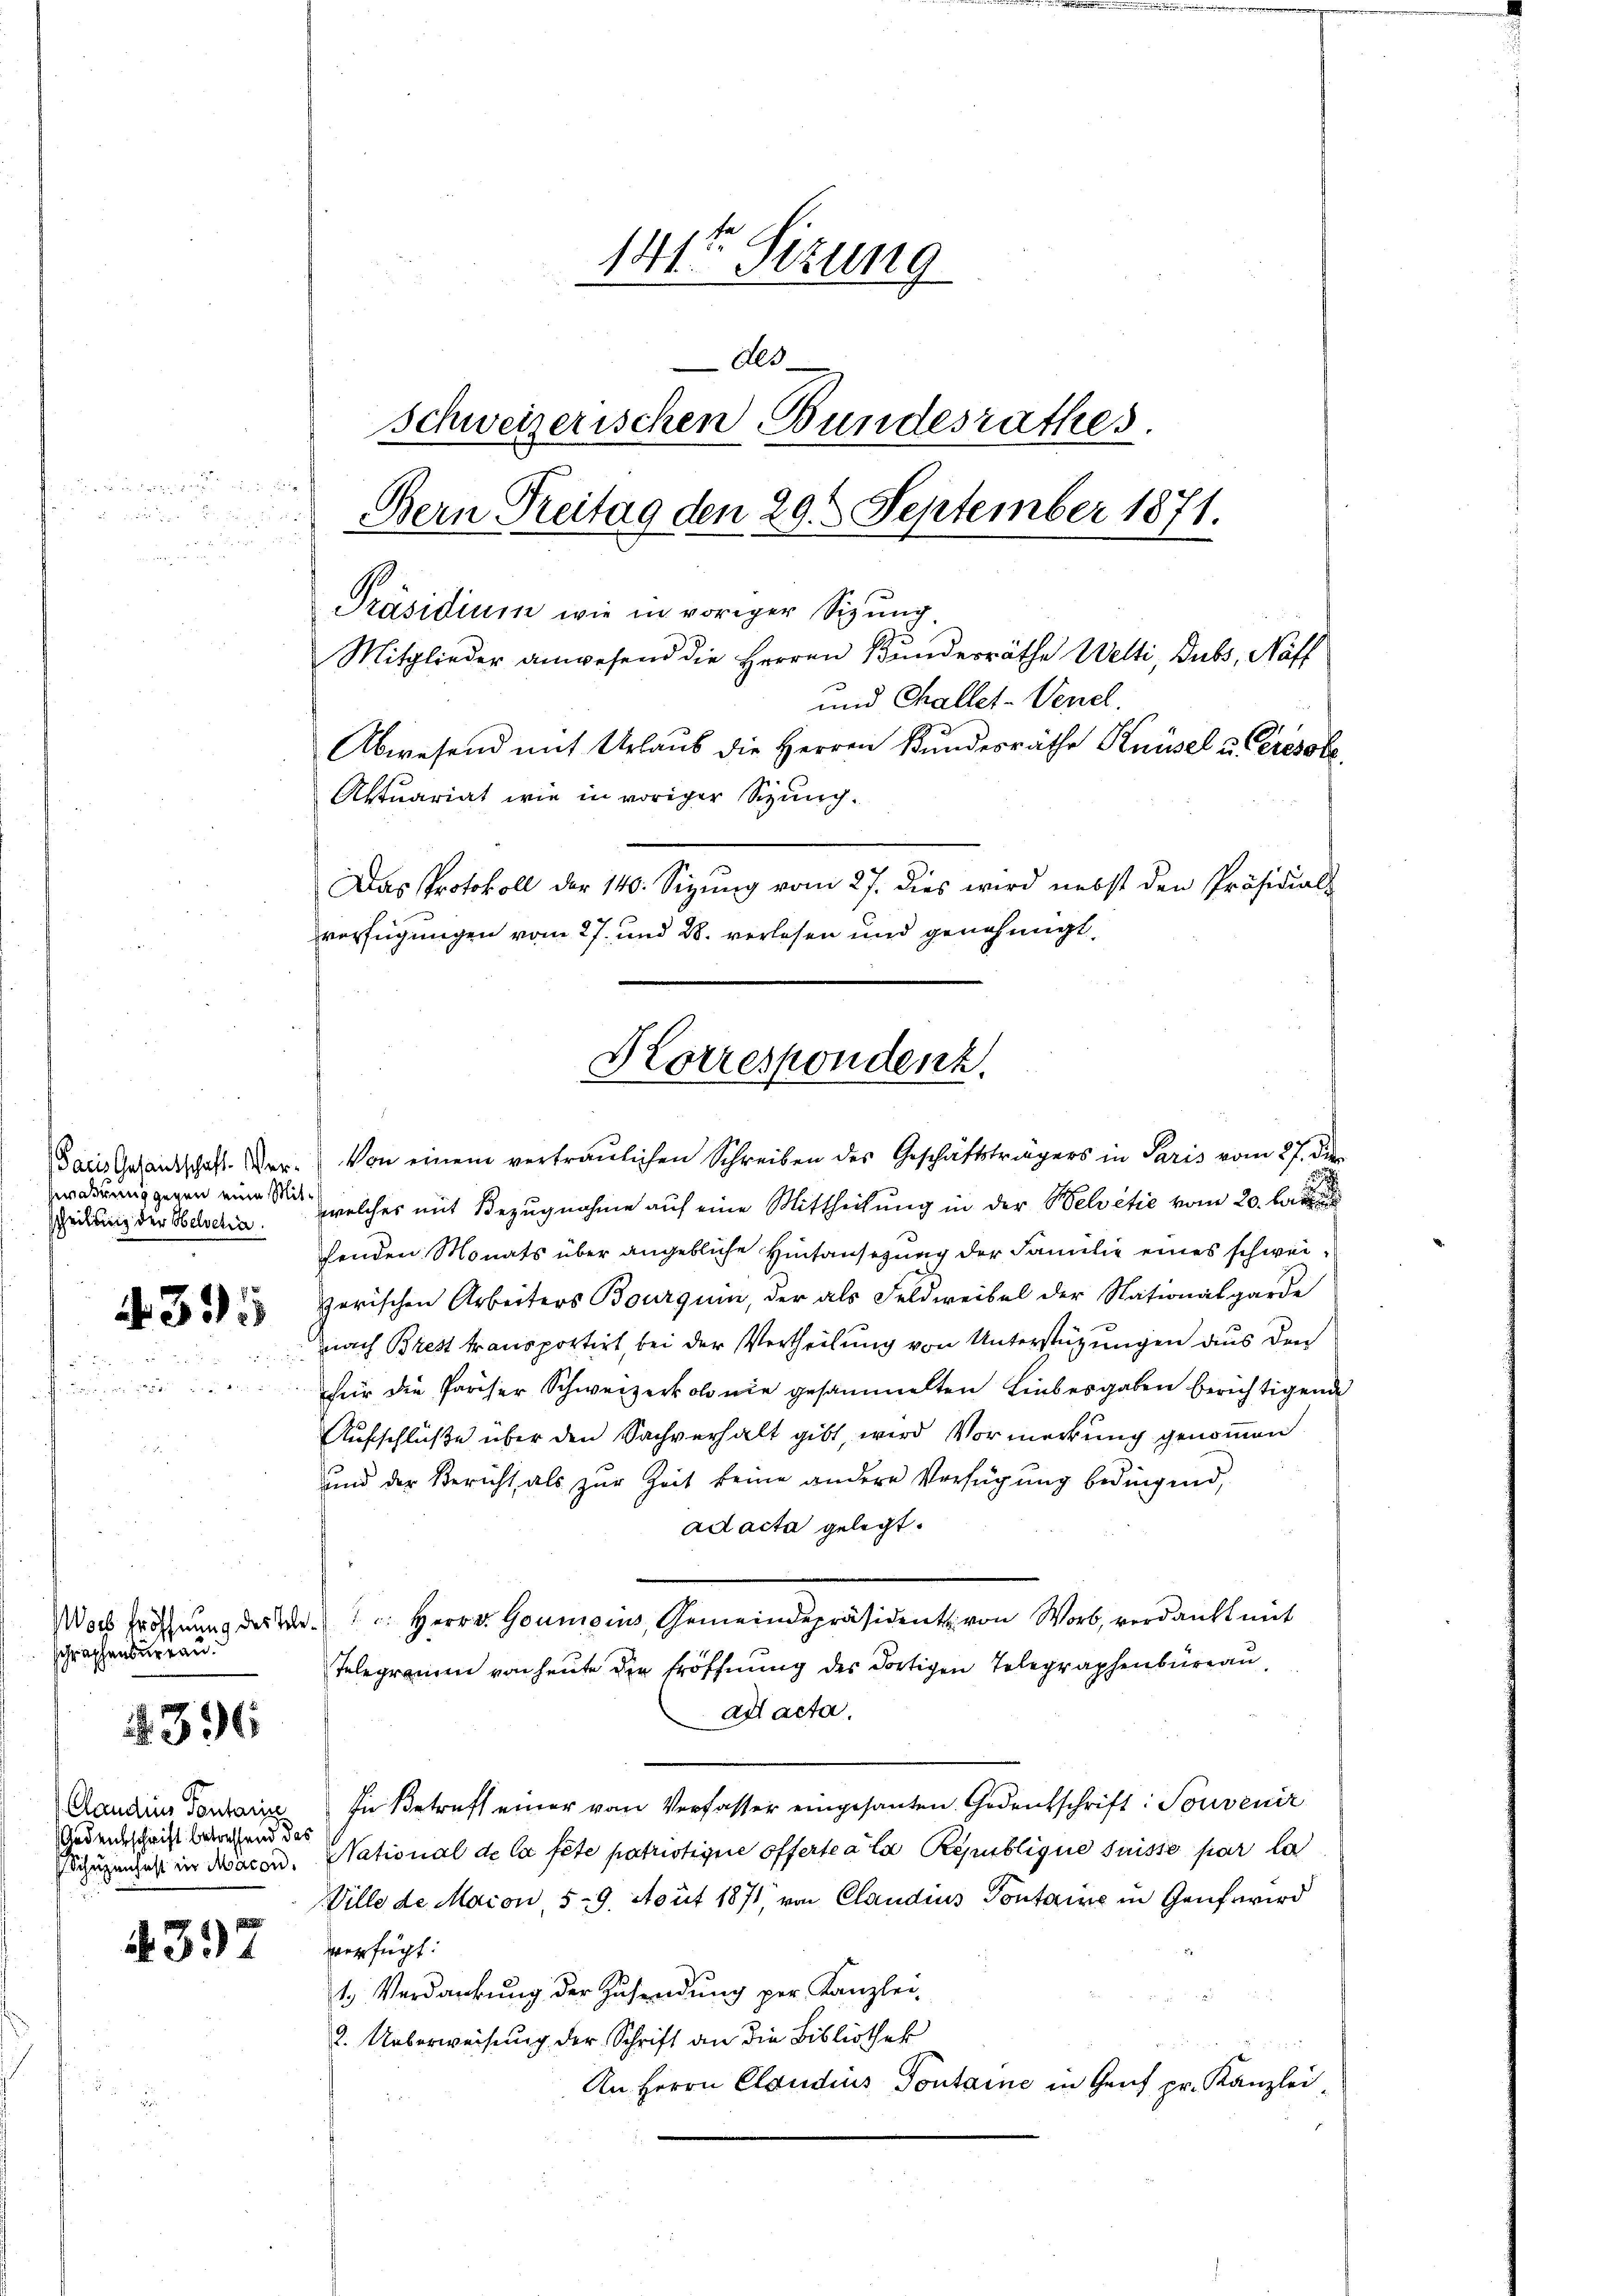
Paris Gesandschaft. Ver¬
Zwahrung gegen eine Mitstheilung der Helvetia

355

Schraphenbureau

4396

Manden Pontaris
Gedenkschrift betreffend das

4397

i

141te Sitzung
des
Schweizerischen Bundesrathes.
Bern Preitag den 29t September 1871.
Präsidium wie in voriger Sizung
Mitglieder anwesend die Herren Bundesräthe Welti, Dubs, Näff
und Challet-Venel.
Abwesend mit Urlaub die Herren Kundesräthe Knüsel u. Ceresole
Aktuariat wie in voriger Spunch.
Das Protokoll der 140. Sizŭng vom 27. dies wird nebst den Präsidials
verfügungen vom 27. und 28. verlesen und genehmigt,

Horrespondenz.

Von einem vertraulichen Schreiben des Geschäftsträgers in Paris vom 27. di
welches mit Bezugnahme auf eine Mittheilung in der Belvetić vom 20. bis
fenden Monats über angebliche Hintansezung der Familie eines schweiorischen Arbeiters Bourquin, der als Feldweibel der Nationalgarde
nach Brest transportirt, bei der Vertheilung von Unterstützungen aus den
für die Pariser Schweizerkolonie gesammelten Liebesgaben berichtigende
Aufschlüße über den Sachverhalt gibt, wird Vormerkung genommen
und der Bericht als zur Zeit keine andere Verfügung bedingend,
ad acta gelegt.
ach Eröffnung des W. u. Herrn Goumoins, Gemeindepräsident von Wort, verdankt mit
Telegramen von heute die Eröffnung des dortigen Telegraphenbureau
ad acta.
In Betreff einer vom Verfasser eingesanten. Gedenkschrift: Souvenir
Eszuzeiches in Waren. National de la fete patriotigne offerte a la Republique suisse par la
Ville de Maion 59. Aoüt 1871, von Claudius Pontaine in Genf wird
verfügt:
1) Verdankung der Zusendung per Kanzlei-
2. Ueberweisung der Schrift an die Bibliothek
An Herrn Claudius Pontaine in Genf pr. Kanzlei